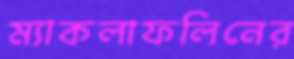
ম্যাকলাফলিনের